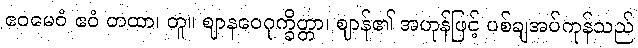
ဧဝမေဝံ ဧဝံ တထာ၊ တူ။ ဈာနဝေဂုက္ခိတ္တာ၊ ဈာန်၏ အဟုန်ဖြင့် ပစ်ချအပ်ကုန်သည်